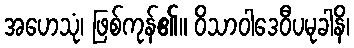
အဟေသုံ၊ ဖြစ်ကုန်၏။ ဝိသာဝါဒေဝီပမုခါနိ၊